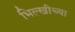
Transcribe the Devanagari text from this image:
भिल्खीच्या